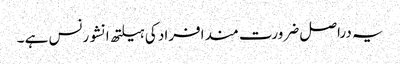
یہ دراصل ضرورت مند افراد کی ہیلتھ انشورنس ہے ۔